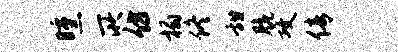
曛所仿榻佟甜脆攻倩